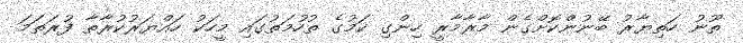
ތޫނު ހަތިޔާރު ބޭނުންކޮށްގެން މާރާމާރީ ހިންގި ކަމުގެ ތުހުމަތުގައި މީހަކު ހައްޔަރުކުރާތާ ފުރަތަމަ